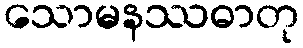
သောမနဿဓာတု